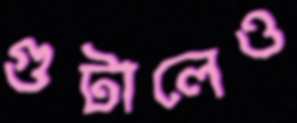
গুটালেও